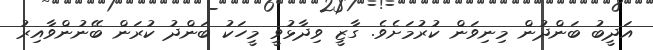
އަދީބު ބަންދުން މިނިވަން ކުރުމަށެވެ. ގާޒީ ވިދާޅުވީ މީހަކު ބަންދު ކުރަން ބޭނުންވާއިރު